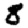
Digit: 8